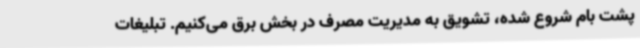
پشت بام شروع شده، تشویق به مدیریت مصرف در بخش برق می‌کنیم. تبلیغات